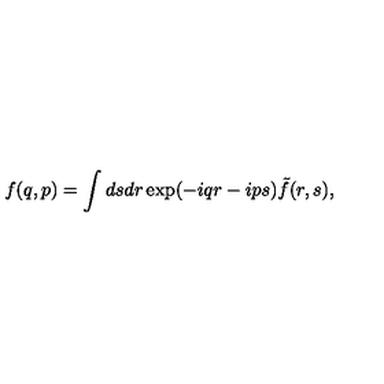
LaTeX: f ( q , p ) = \int d s d r \exp ( - i q r - i p s ) \tilde { f } ( r , s ) ,